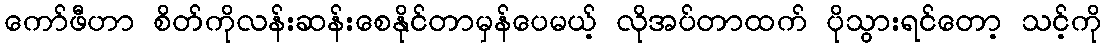
ကော်ဖီဟာ စိတ်ကိုလန်းဆန်းစေနိုင်တာမှန်ပေမယ့် လိုအပ်တာထက် ပိုသွားရင်တော့ သင့်ကို